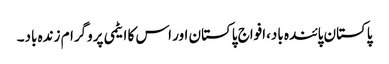
پاکستان پائندہ باد،افواج پاکستان اور اس کا ایٹمی پروگرام زندہ باد۔